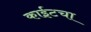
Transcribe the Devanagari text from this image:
काईटचा